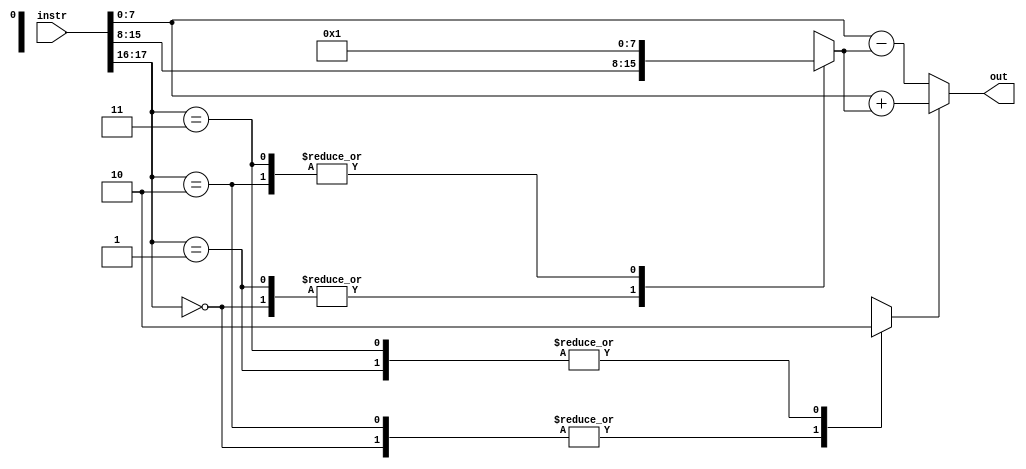
module mpc(instr, out);
    input   [17:0] instr;
    output reg  [8:0] out;
    reg func;
    reg [7:0] op1, op2;
    function [16:0] code_add;
        input [17:0] instr;
        reg add_func;
        reg [7:0] code, opr1, opr2;
        begin
            code = instr[17:16];
            opr1 = instr[7:0];
            case(code)
                2'b00:
                    begin
                        add_func = 1;
                        opr2 = instr[15:8];
                    end
                2'b01:
                    begin
                        add_func = 0;
                        opr2 = instr[15:8];
                    end
                2'b10:
                    begin
                        add_func = 1;
                        opr2 = 8'd1;
                    end
                2'b11:
                    begin
                        add_func = 0;
                        opr2 = 8'd1;
                    end
            endcase
            code_add = {add_func, opr2, opr1};
        end
    endfunction

always @(instr) begin
    {func, op2, op1} = code_add(instr);
    if (func==1)
        out = op1 + op2;
    else
        out = op1 - op2;
end
endmodule

//~ `New testbench
`timescale  1ns / 1ps

module tb_mpc;

// mpc Parameters
parameter PERIOD  = 10;


// mpc Inputs
reg   [17:0]  instr                        = 0 ;

// mpc Outputs
wire  [8:0]  out                           ;


initial
begin
    #(PERIOD*2)
    instr = 18'b00_01110010_10001011;
    #(PERIOD)
    instr = 18'b01_01110010_10001011;
    #(PERIOD)
    instr = 18'b10_01110010_10001011;
    #(PERIOD)
    instr = 18'b11_01110010_10001011;
end

mpc  u_mpc (
    .instr                   ( instr  [17:0] ),

    .out                     ( out    [8:0]  )
);

initial
begin
    $dumpfile("mpv.vcd");
    $dumpvars;
end

initial
begin
    #(PERIOD*6)
    $finish;
end

endmodule